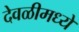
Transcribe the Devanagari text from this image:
देवळीमध्ये